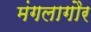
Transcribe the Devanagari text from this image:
मंगलागौर